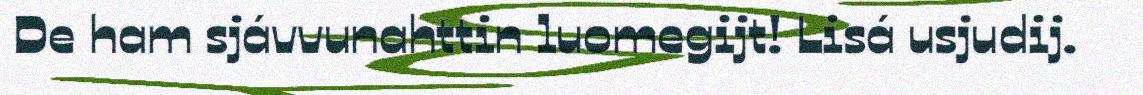
De ham sjávvunahttin luomegijt! Lisá usjudij.